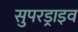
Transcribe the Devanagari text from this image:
सुपरड्राइव